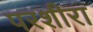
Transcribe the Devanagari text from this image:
परशीरा